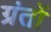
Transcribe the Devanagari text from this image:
ग्रंतों